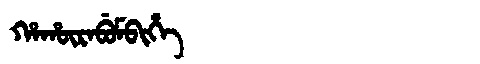
Manchu: ᡥᠠᡥᡡᡵᠠᠪᡠᠮᠪᡳᡥᡝ
Romanization: HAHŪRABUMBIHE